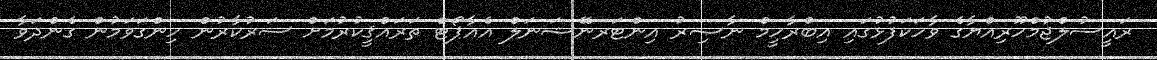
ރައީސުލްޖުމްހޫރިއްޔާގެ ވާހަކަފުޅުގައި އިބްރާހީމް ނާޞިރު އިންޓަރނޭޝަނަލް އެއާޕޯޓް ތަރައްޤީކުރުމަށް ސަރުކާރުން ހިންގަވަމުން ގެންދަވާ